NAE_EAOK_eestikeelsed_sunnimeetrikad, lk 115
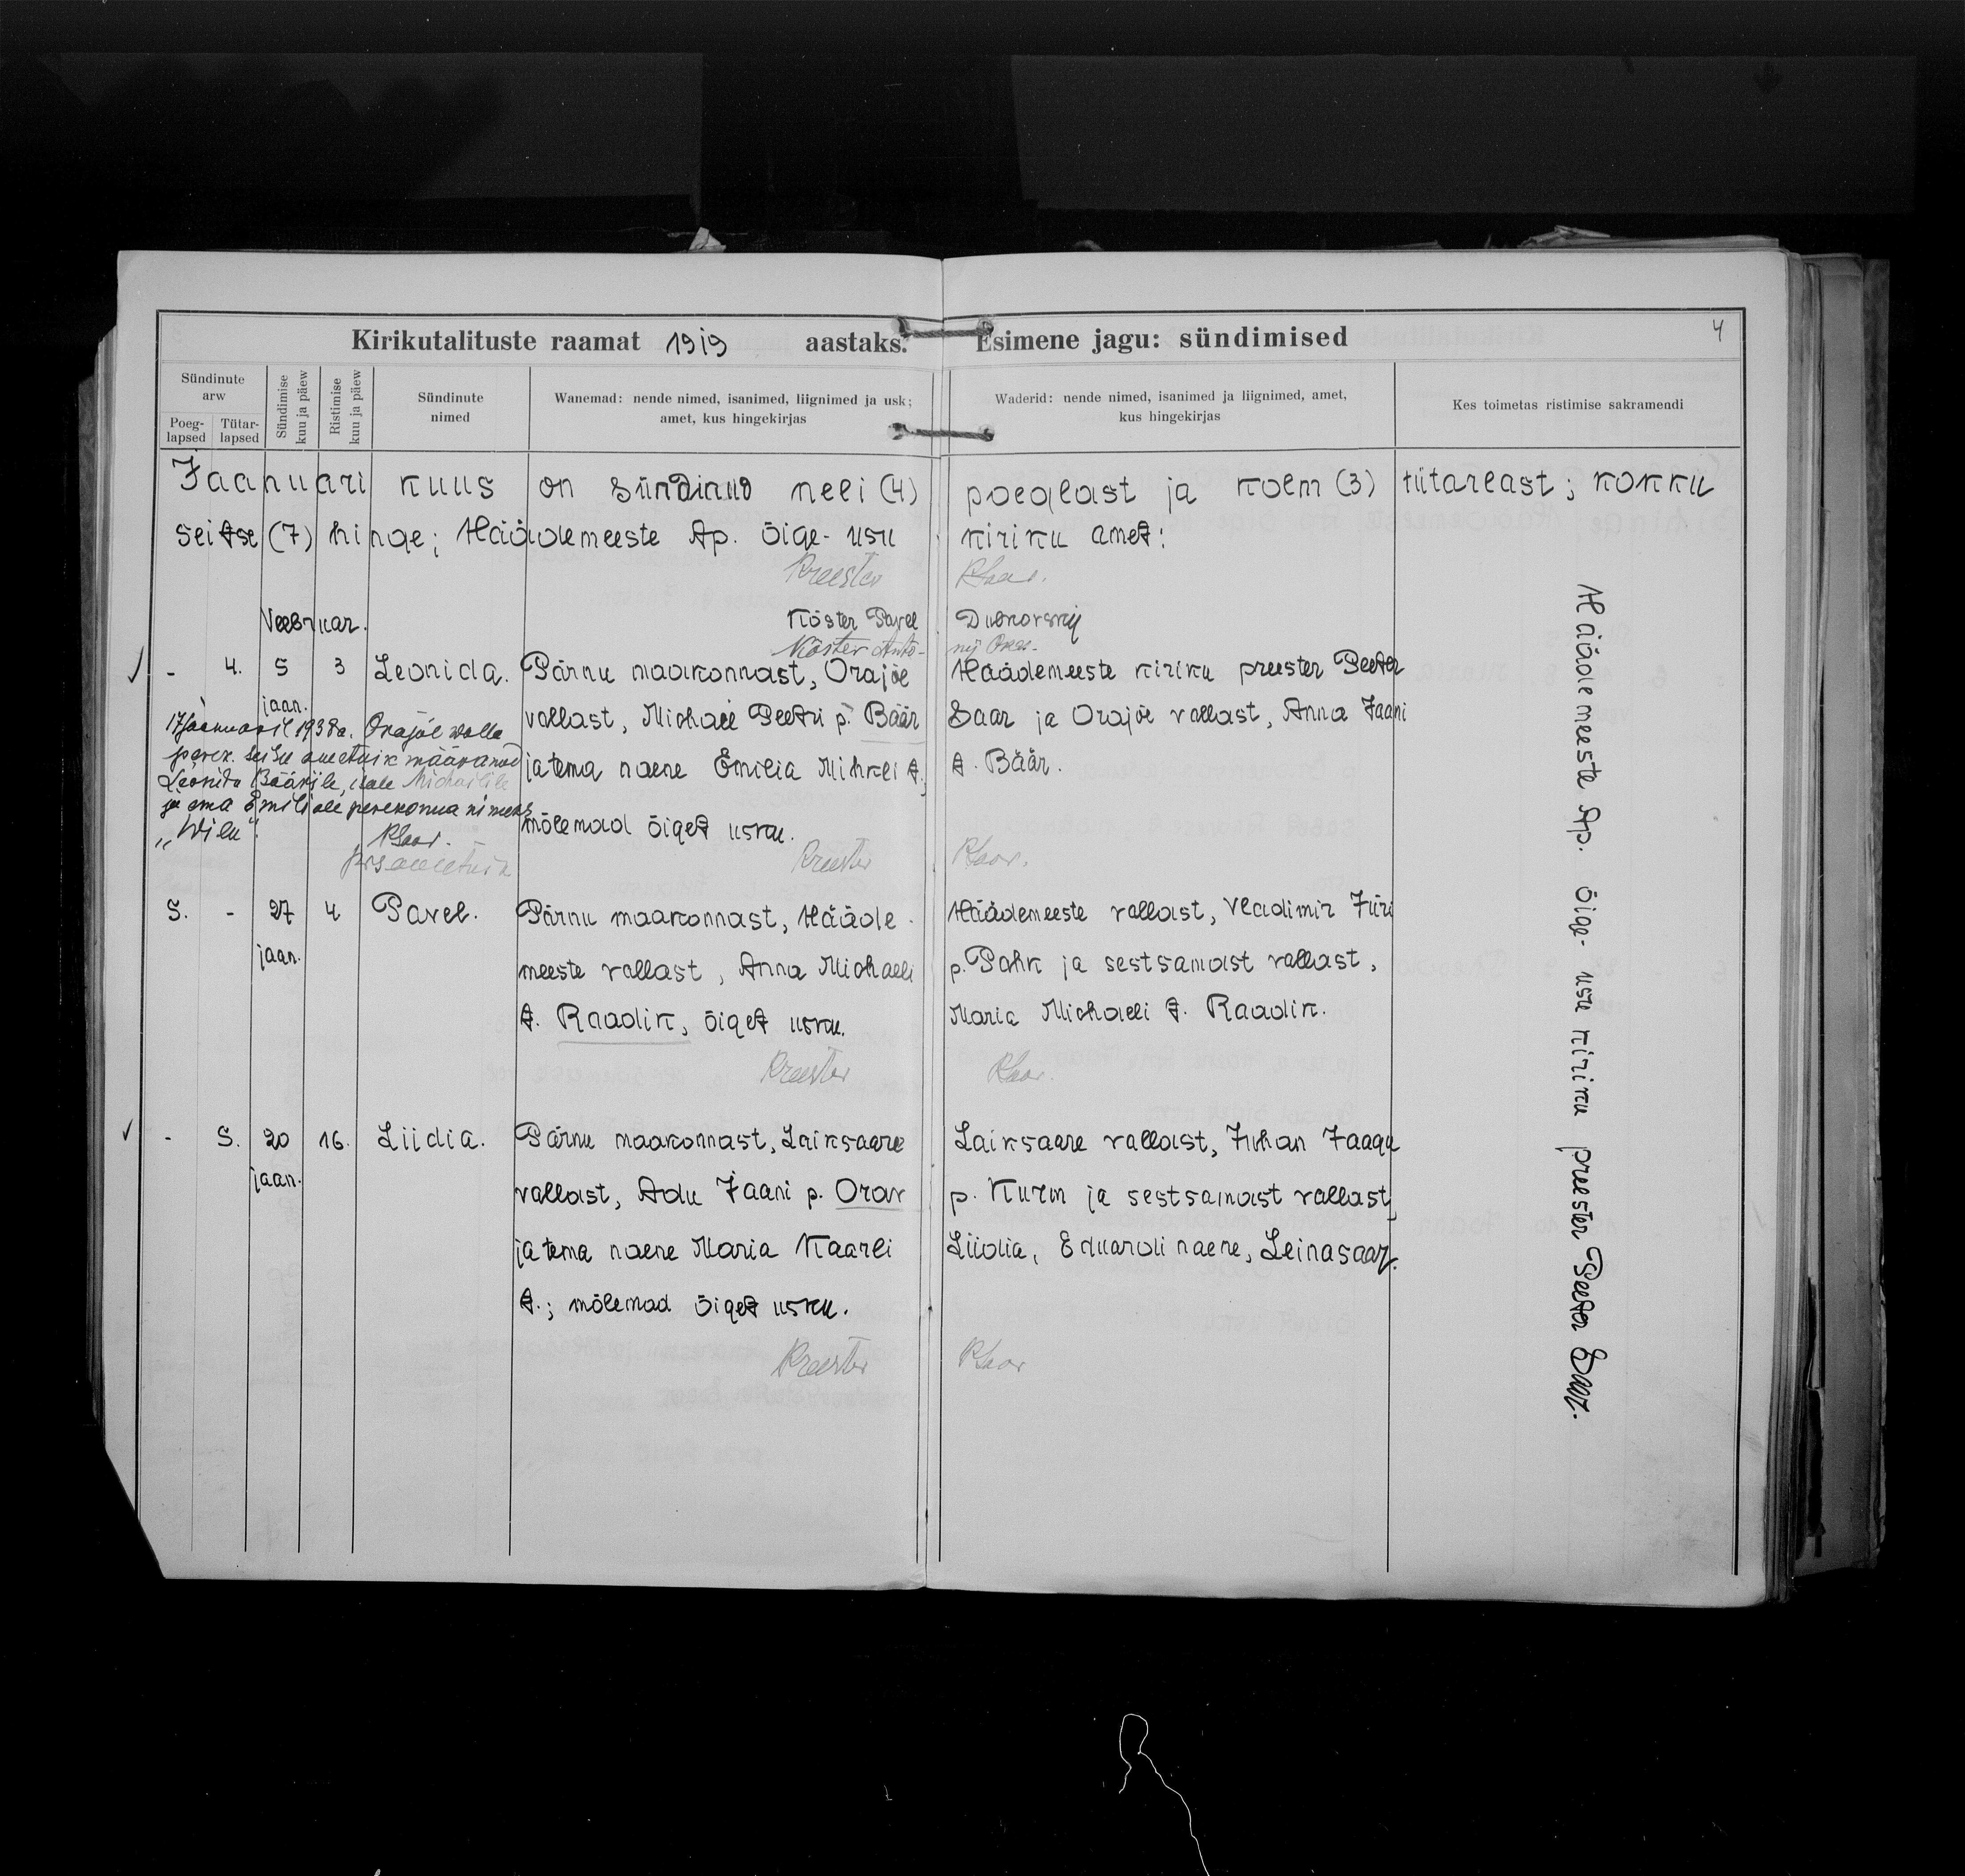
Leonida

Pavel

Liidia

Pärnu maakonnast, Orajõe
vallast, Michael Peetri p. Bäär
ja tema naene Emilia Mihkli t.;
mõlemad õiget usku.

Pärnu maakonnast, Hääde-
meeste vallast, Anna Michaeli
t. Raadik, õiget usku.

Pärnu maakonnast, Laiksaare
vallast, Adu Jaani p. Orav
ja tema naene Maria Kaarli
t,; mõlemad õiget usku.